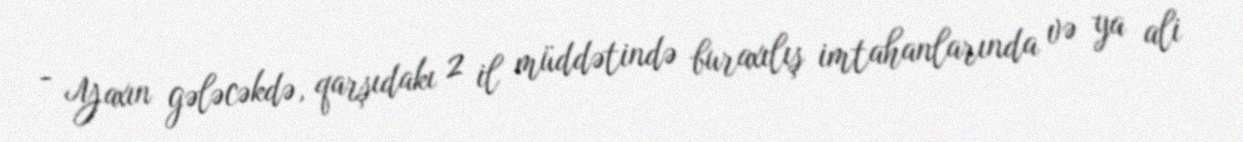
- Yaxın gələcəkdə, qarşıdakı 2 il müddətində buraxılış imtahanlarında və ya ali